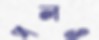
পলও